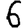
Digit: 6